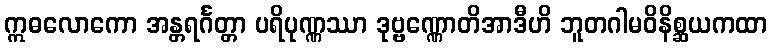
ဣဓလောကော အန္တရင်္ဂတ္တာ ပရိပုဏ္ဏဿာ ဒုဗ္ဗဏ္ဏောတိအာဒီဟိ ဘူတဂါမဝိနိစ္ဆယကထာ